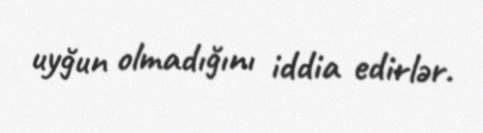
uyğun olmadığını iddia edirlər.